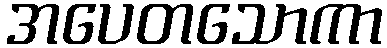
အပေတသောကာ